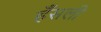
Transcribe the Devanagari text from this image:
हँसली